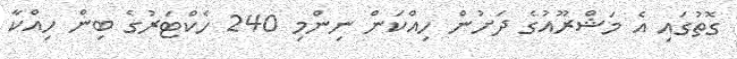
ގޮތުގައި އެ މަޝްރޫއުގެ ދަށުން ހިއްކަން ނިންމި 240 ހެކްޓަރުގެ ބިން ހިއްކާ